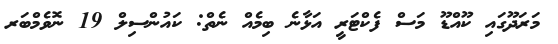
މަރަދޫގައި ކޫއްޑޫ މަސް ފެކްޓަރީ އަޅާނެ ބިމެއް ނެތް: ކައުންސިލް 19 ނޮވެމްބަރ